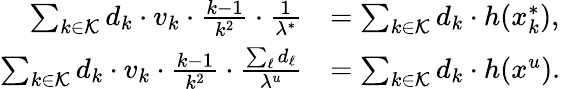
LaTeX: \begin{array}{rl}{\sum_{k\in\mathcal{K}}d_{k}\cdot v_{k}\cdot\frac{k-1}{k^{2}}\cdot\frac{1}{\lambda^{*}}}&{=\sum_{k\in\mathcal{K}}d_{k}\cdot h(x_{k}^{*}),}\\ {\sum_{k\in\mathcal{K}}d_{k}\cdot v_{k}\cdot\frac{k-1}{k^{2}}\cdot\frac{\sum_{\ell}d_{\ell}}{\lambda^{u}}}&{=\sum_{k\in\mathcal{K}}d_{k}\cdot h(x^{u}).}\end{array}